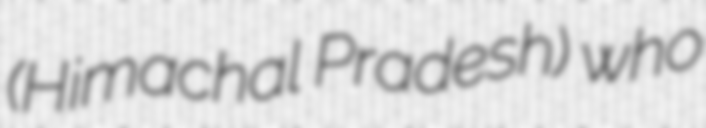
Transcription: (Himachal Pradesh) who